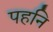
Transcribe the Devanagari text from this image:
पहनि